Vaccination North-Western Provinces and Oudh 1896-1901 - 1896-1901
Year: 1896
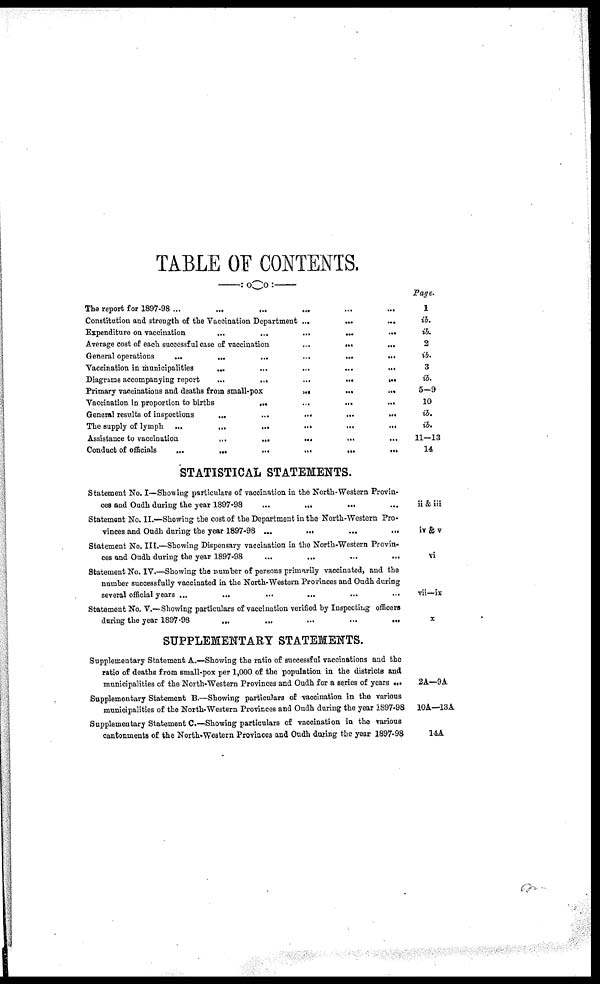
TABLE OF CONTENTS.
The report for 1897-98 ... ... ... ... ... ... ... ...
Constitution and strength of the Vaccination Department ...
...
...
Expenditure on vaccination
...
...
...
...
...
Average cost of each successful case of vaccination
...
...
...
General operations
...
...
...
...
...
...
...
...
...
Vaccination in municipalities
...
...
...
...
...
...
Diagrams accompanying report
...
...
...
...
...
Primary vaccinations and deaths from small-pox
...
...
...
...
...
Vaccination in proportion to births
...
...
...
...
...
...
General results of inspections
...
...
...
...
...
...
...
The supply of lymph
...
...
...
...
...
...
...
Assistance to vaccination
...
...
...
...
...
...
...
Conduct of officials
...
...
...
...
...
...
...
STATISTICAL STATEMENTS.
Statement No. I—Showing particulars of vaccination in the North-Western Provin-
ces and Oudh during the year 1897-98 ... ... ... ... ... ... ...
Statement No. II.—Showing the cost of the Department in the North-Western Pro-
vinces and Oudh during the year 1897-98 ...
...
...
...
Statement No. III.—Showing Dispensary vaccination in the North-Western Provin-
ces and Oudh during the year 1897-98
...
...
...
...
Statement No. IV.—Showing the number of persons primarily vaccinated, and the
number successfully vaccinated in the North-Western Provinces and Oudh during
several official years ...
...
...
...
...
...
Statement No. V.—Showing particulars of vaccination verified by Inspecting officers
during the year 1897-98
SUPPLEMENTARY STATEMENTS.
Supplementary Statement A.—Showing the ratio of successful vaccinations and the
ratio of deaths from small-pox per 1,000 of the population in the districts and
municipalities of the North-Western Provinces and Oudh for a series of years ...
Supplementary Statement B.—Showing particulars of vaccination in the various
municipalities of the North-Western Provinces and Oudh during the year 1897-98
Supplementary Statement C.—Showing particulars of vaccination in the various
cantonments of the North-Western Provinces and Oudh during the year 1897-98
Page.
1
ib.
ib.
2
ib.
3
ib.
5—9
10
ib.
ib.
11—13
14
ii & iii
iv & v
vi
vii—ix
x
2A—9A
10A—13A
14A